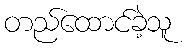
တည်ထောင်ခဲ့သူ